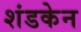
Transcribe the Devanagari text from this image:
शंडकेन